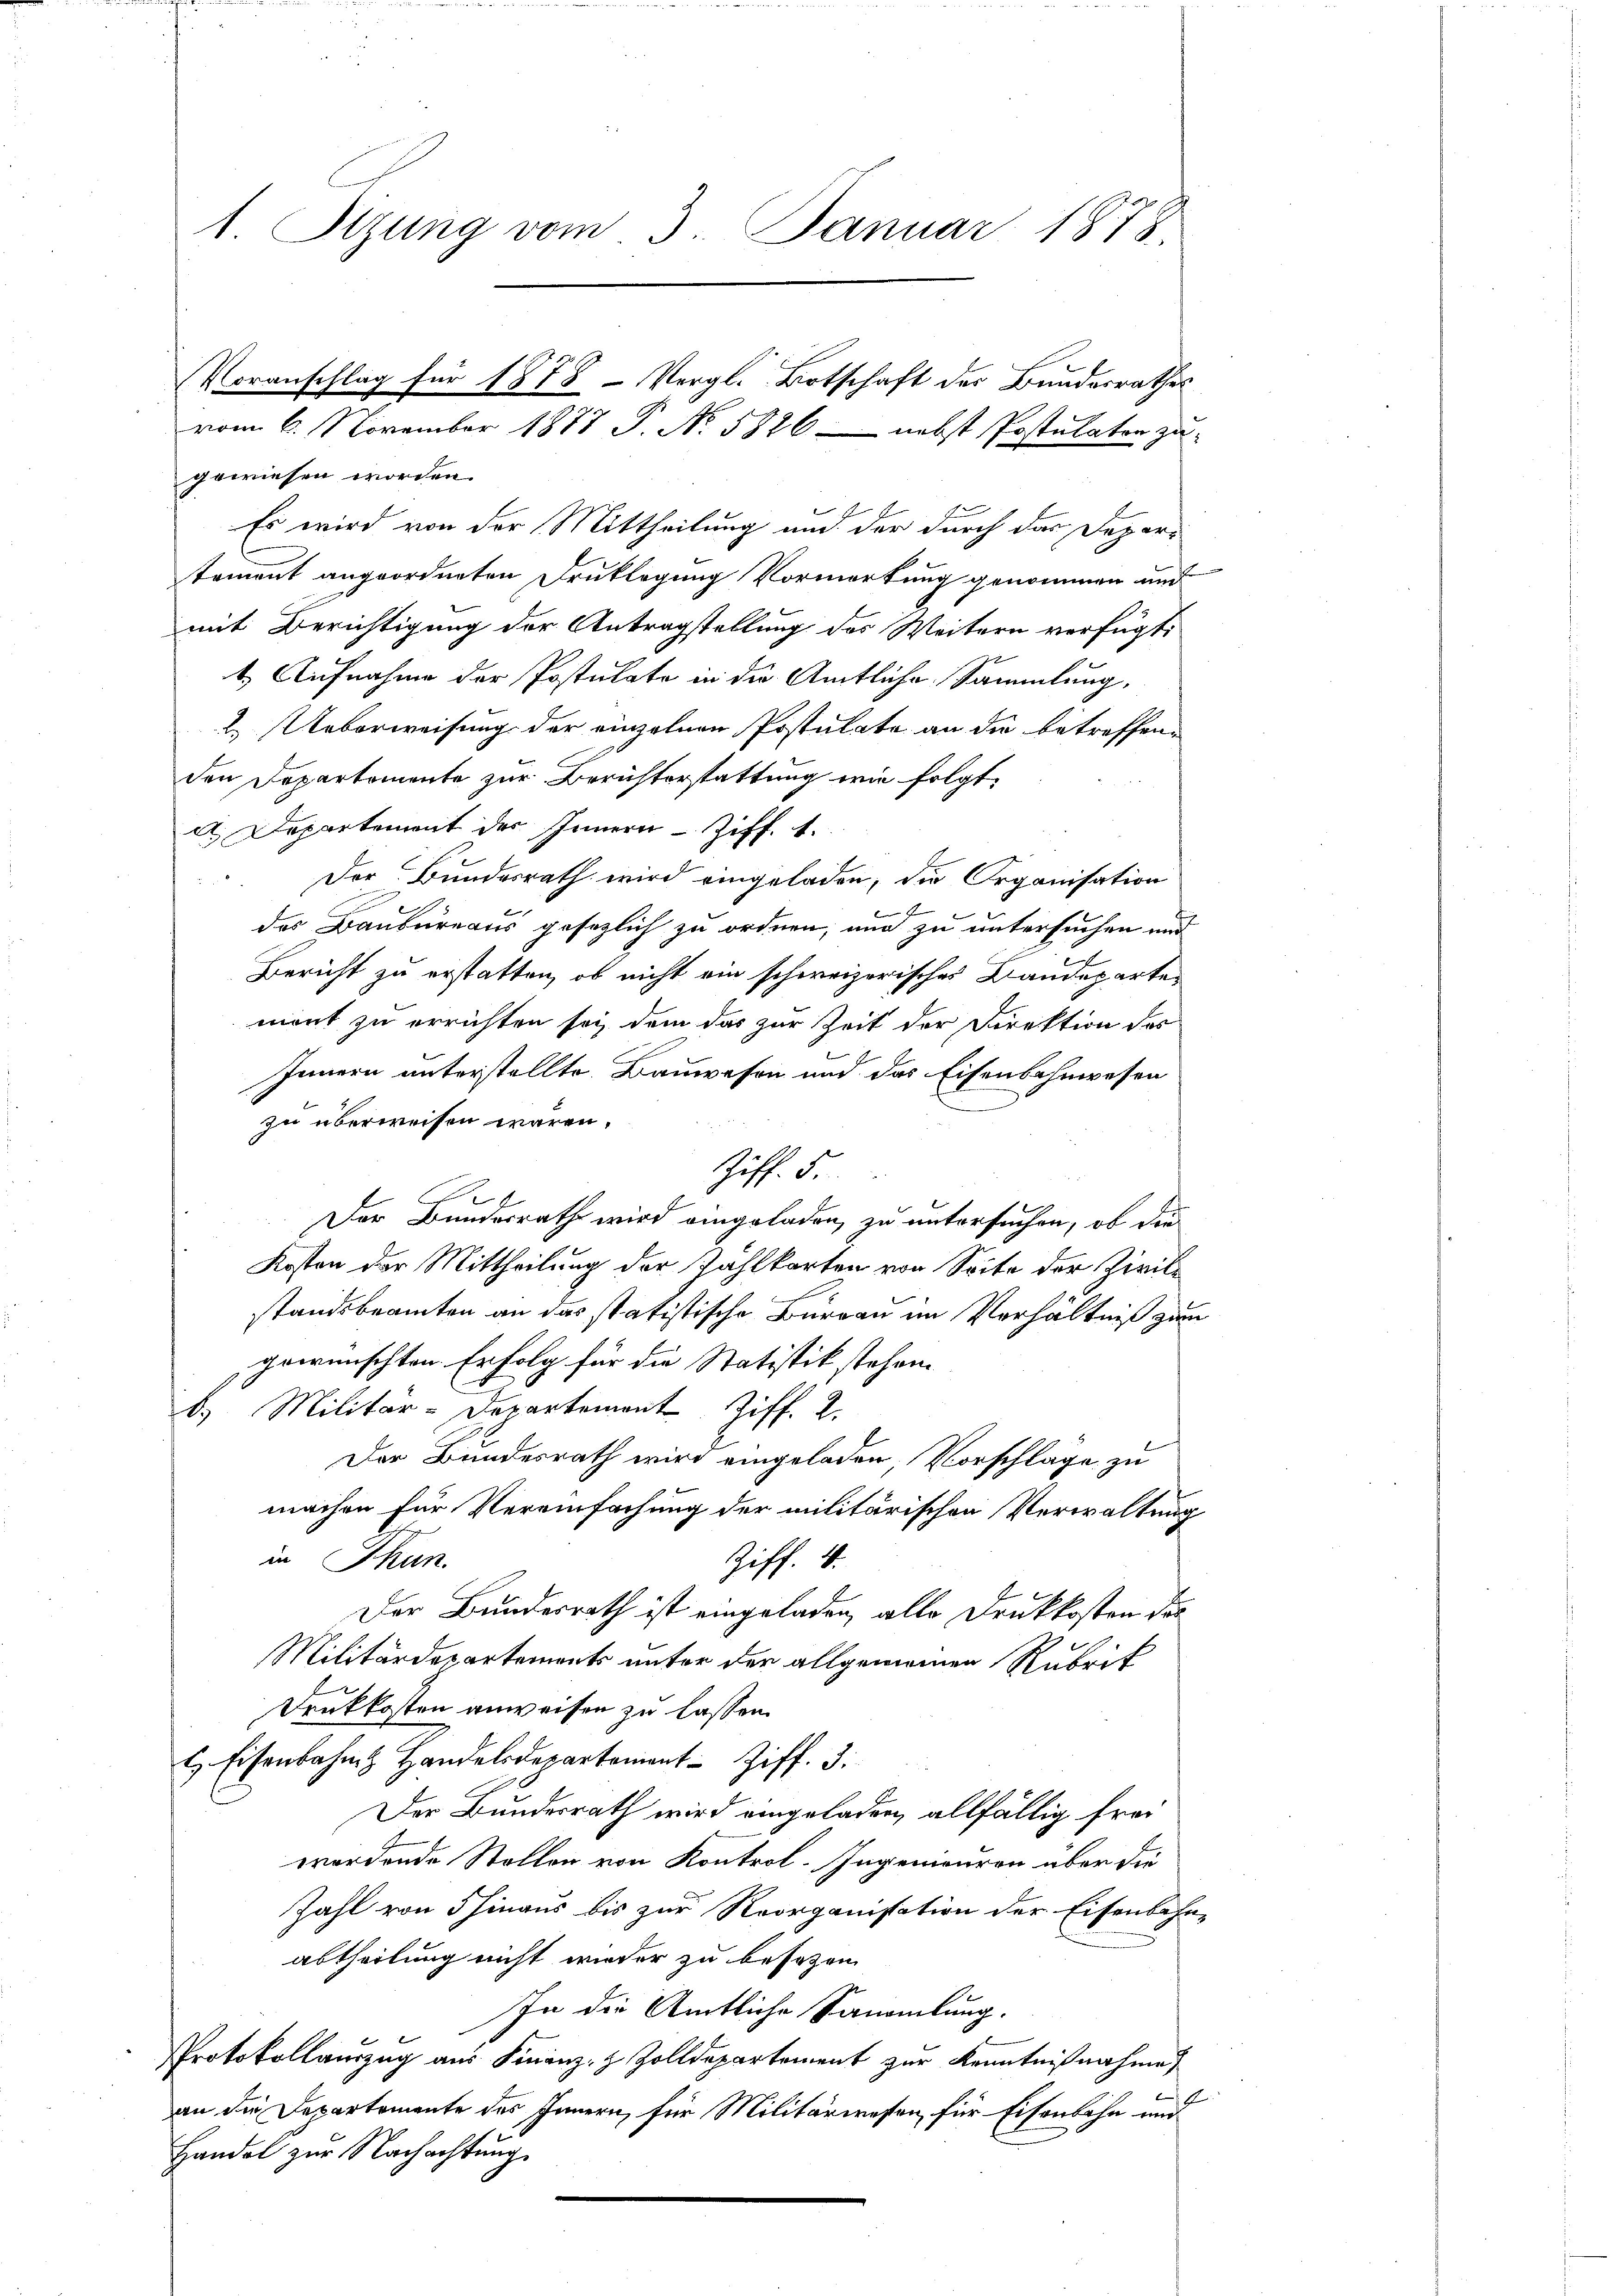
1. Sitzung vom 3. Januar 1878.

Es wird von der Mittheilung und der durch das Departement angeordneten Druklegung Vormerkung genommen und
mit Berichtigung der Antragstellung des Weitern verfügt:
1) Aufnahme der Postulate in die Amtliche Sammlung,
2.) Ueberweisung der einzelnen Postulate an die betreffen
den Departemente zur Berichterstattung wie folgt.
d. Departement des Innern Ziff. 1.
 Der Bundesrath wird eingeladen, die Organisation
des Baubureaus gesezlich zu ordnen, und zu untersuchen und
Bericht zu erstatten, ob nicht ein schweizerisches Baudeparter
ment zu errichten sey dem das zur Zeit der Direktion des
Innern unterstellte. Bauwesen und das Eisenbahnwesen
zu überweisen wären.
Ziff. 5.
Der Bundesrath wird eingeladen, zu untersuchen, ob die
Kosten der Mittheilung der Zahlkarten von Seite der Zivilstandsbeamten an das statistische Burgau im Verhältniß zum
gewünschten. Erfolg für die Statistik stehen.
b. Militär-Departement Ziff. 2.
Der Bundesrath wird eingeladen Vorschlage zu
machen für Vereinfachung der militärischen Verwaltung
in Thun.
Ziff. 4.
Der Bundesrath ist eingeladen, alle Druckkosten das
Militärdepartements unter der allgemeinen Rubrit
Druckkosten anweisen zu lassen.
l Eisenbahn Handelsdepartement Ziff. 3.
Der Bundesrath wird eingeladen, allfällig frei
werdende Stellen von Kontrol. Ingenieuren aber die
Zahl von 5 hinaus bis zur Reorganisation der Eisenbahn
abtheilung nicht wieder zu besezen
In die Amtliche Sammlung.
Protokollauszug aus Finanz- & Zolldepartement zur Kenntnißnahme
an die Departemente des Innern, für Militärwesen für Eisenbahn und
Handel zur Nachachtung.

Voranschlag für 1878 - Vergl. Ortschaft des Bundesrathes
vom 6. November 1878 P. No. 5826 — nebst Postulaten zu
gewiesen worden.